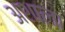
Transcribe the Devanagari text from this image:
अशाला